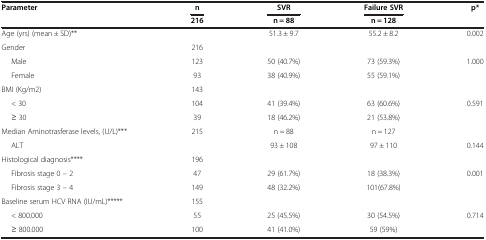
| Parameter | n | SVR | Failure SVR | p* |
 |  | 216 | n = 88 | n = 128 |  |
 | --- | --- | --- | --- | --- |
 | Age (yrs) (mean ± SD)** |  | 51.3 ± 9.7 | 55.2 ± 8.2 | 0.002 |
 | Gender | 216 |  |  |  |
 | Male | 123 | 50 (40.7%) | 73 (59.3%) | 1.000 |
 | Female | 93 | 38 (40.9%) | 55 (59.1%) |  |
 | BMI (Kg/m2) | 143 |  |  |  |
 | < 30 | 104 | 41 (39.4%) | 63 (60.6%) | 0.591 |
 | ≥ 30 | 39 | 18 (46.2%) | 21 (53.8%) |  |
 | Median Aminotrasferase levels, (U/L)*** | 215 | n = 88 | n = 127 |  |
 | ALT |  | 93 ± 108 | 97 ± 110 | 0.144 |
 | Histological diagnosis**** | 196 |  |  |  |
 | Fibrosis stage 0 – 2 | 47 | 29 (61.7%) | 18 (38.3%) | 0.001 |
 | Fibrosis stage 3 – 4 | 149 | 48 (32.2%) | 101(67.8%) |  |
 | Baseline serum HCV RNA (IU/mL)***** | 155 |  |  |  |
 | < 800.000 | 55 | 25 (45.5%) | 30 (54.5%) | 0.714 |
 | ≥ 800.000 | 100 | 41 (41.0%) | 59 (59%) |  |